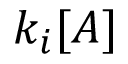
k _ { i } [ A ]